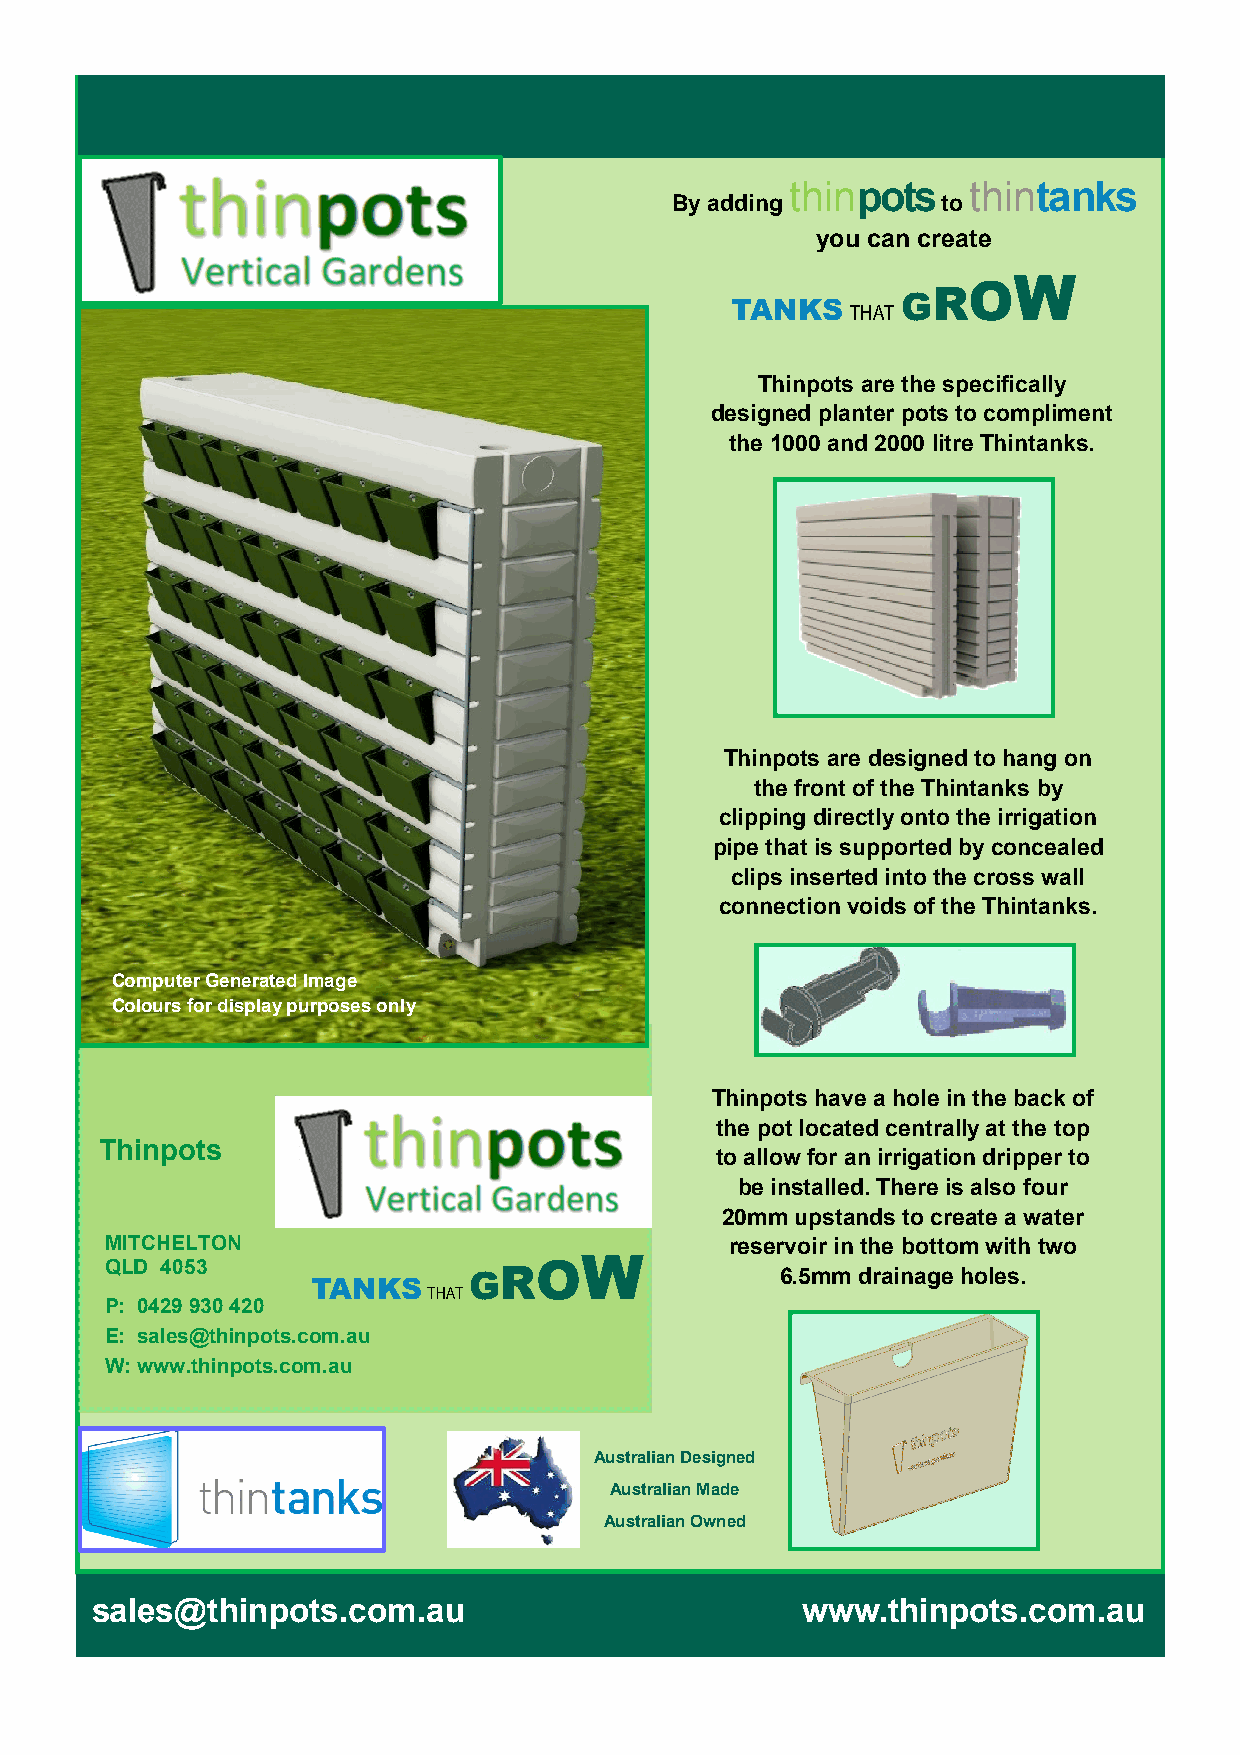
thin        thin
 pots        tanks
 By adding         to
 you can create
 W
 O
 R
 G
 TANKS
 THAT
 Thinpots are the specifically
 designed planter pots to compliment
 the 1000 and 2000 litre Thintanks.
 Thinpots are designed to hang on
 the front of the Thintanks by
 clipping directly onto the irrigation
 pipe that is supported by concealed
 clips inserted into the cross wall
 connection voids of the Thintanks.
 Computer Generated Image
 Colours for display purposes only
 Thinpots have a hole in the back of
 the pot located centrally at the top
 Thinpots
 to allow for an irrigation dripper to
 be installed. There is also four
 20mm upstands to create a water
 MITCHELTON                     W         reservoir in the bottom with two
 O
 QLD 4053
 TANKS
 GR
 6.5mm drainage holes.
 THAT
 P: 0429 930 420
 E: sales@thinpots.com.au
 W: www.thinpots.com.au
 Australian Designed
 Australian Made
 Australian Owned
 sales@thinpots.com.au                          www.thinpots.com.au